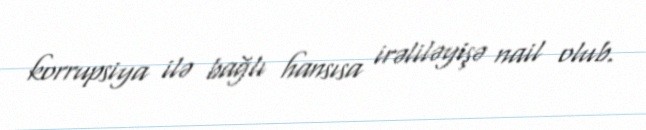
korrupsiya ilə bağlı hansısa irəliləyişə nail olub.